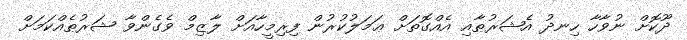
ދޫކޮށް ނުވާހާ ހިނދު އެޝަރުޠާއި އެއްގޮތަށް ޢަމަލުކުރުން ފިރިމީހާއަށް ލާޒިމް ވެގެންވާ ޝަރުޠެއްކަމަށް